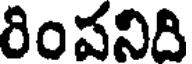
రింపనిది